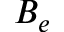
B _ { e }